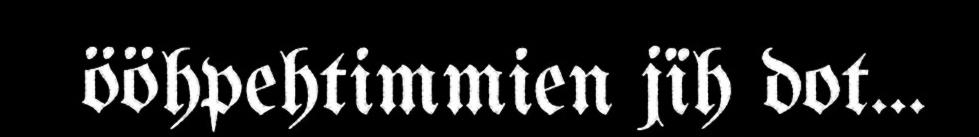
ööhpehtimmien jïh dot...